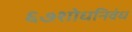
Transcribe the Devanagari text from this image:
६७शोधनिवंध